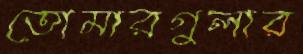
তোমারগুলার